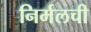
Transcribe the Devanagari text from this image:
निर्मलची